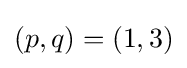
(p,q)=(1,3)